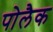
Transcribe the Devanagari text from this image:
पोलैक